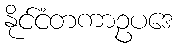
နိုင်ငံတကာဥပဒေ